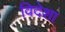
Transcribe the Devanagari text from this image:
विदेशा